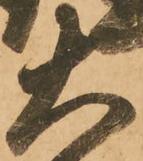
大